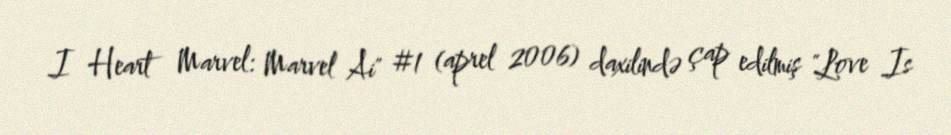
I Heart Marvel: Marvel Ai" #1 (aprel 2006) daxilində çap edilmiş "Love Is